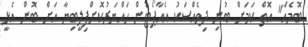
ބޮމެއް" އޮތް ކަމަށް ބުނި ދިވެއްސަކު އެއާޕޯޓުން ހައްޔަރުކޮށްފިލީބިޔާ އަށް ބޮން އެޅީ